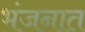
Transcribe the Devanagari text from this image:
भंजनात